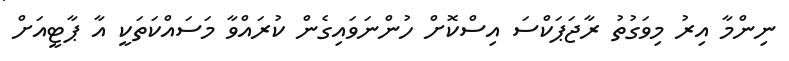
ނިންމާ އިރު މިވަގުތު ރާޖަޕަކްސަ އިސްކޮށް ހުންނަވައިގެން ކުރައްވާ މަސައްކަތަކީ އާ ޕާޓީއަށް